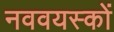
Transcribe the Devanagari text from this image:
नववयस्कों